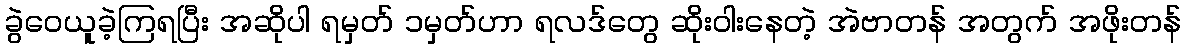
ခွဲဝေယူခဲ့ကြရပြီး အဆိုပါ ရမှတ် ၁မှတ်ဟာ ရလဒ်တွေ ဆိုးဝါးနေတဲ့ အဲဗာတန် အတွက် အဖိုးတန်